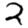
Digit: 2